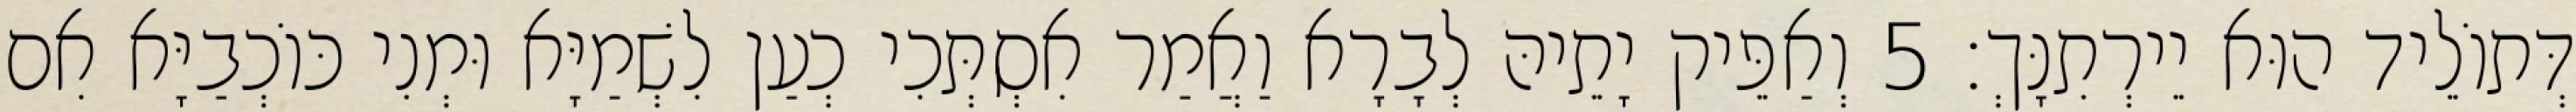
דְּתוֹלֵיד הוּא יֵירְתִנָּךְ׃ 5 וְאַפֵּיק יָתֵיהּ לְבָרָא וַאֲמַר אִסְתְּכִי כְעַן לִשְׁמַיָּא וּמְנִי כּוֹכְבַיָּא אִם